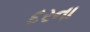
દરના